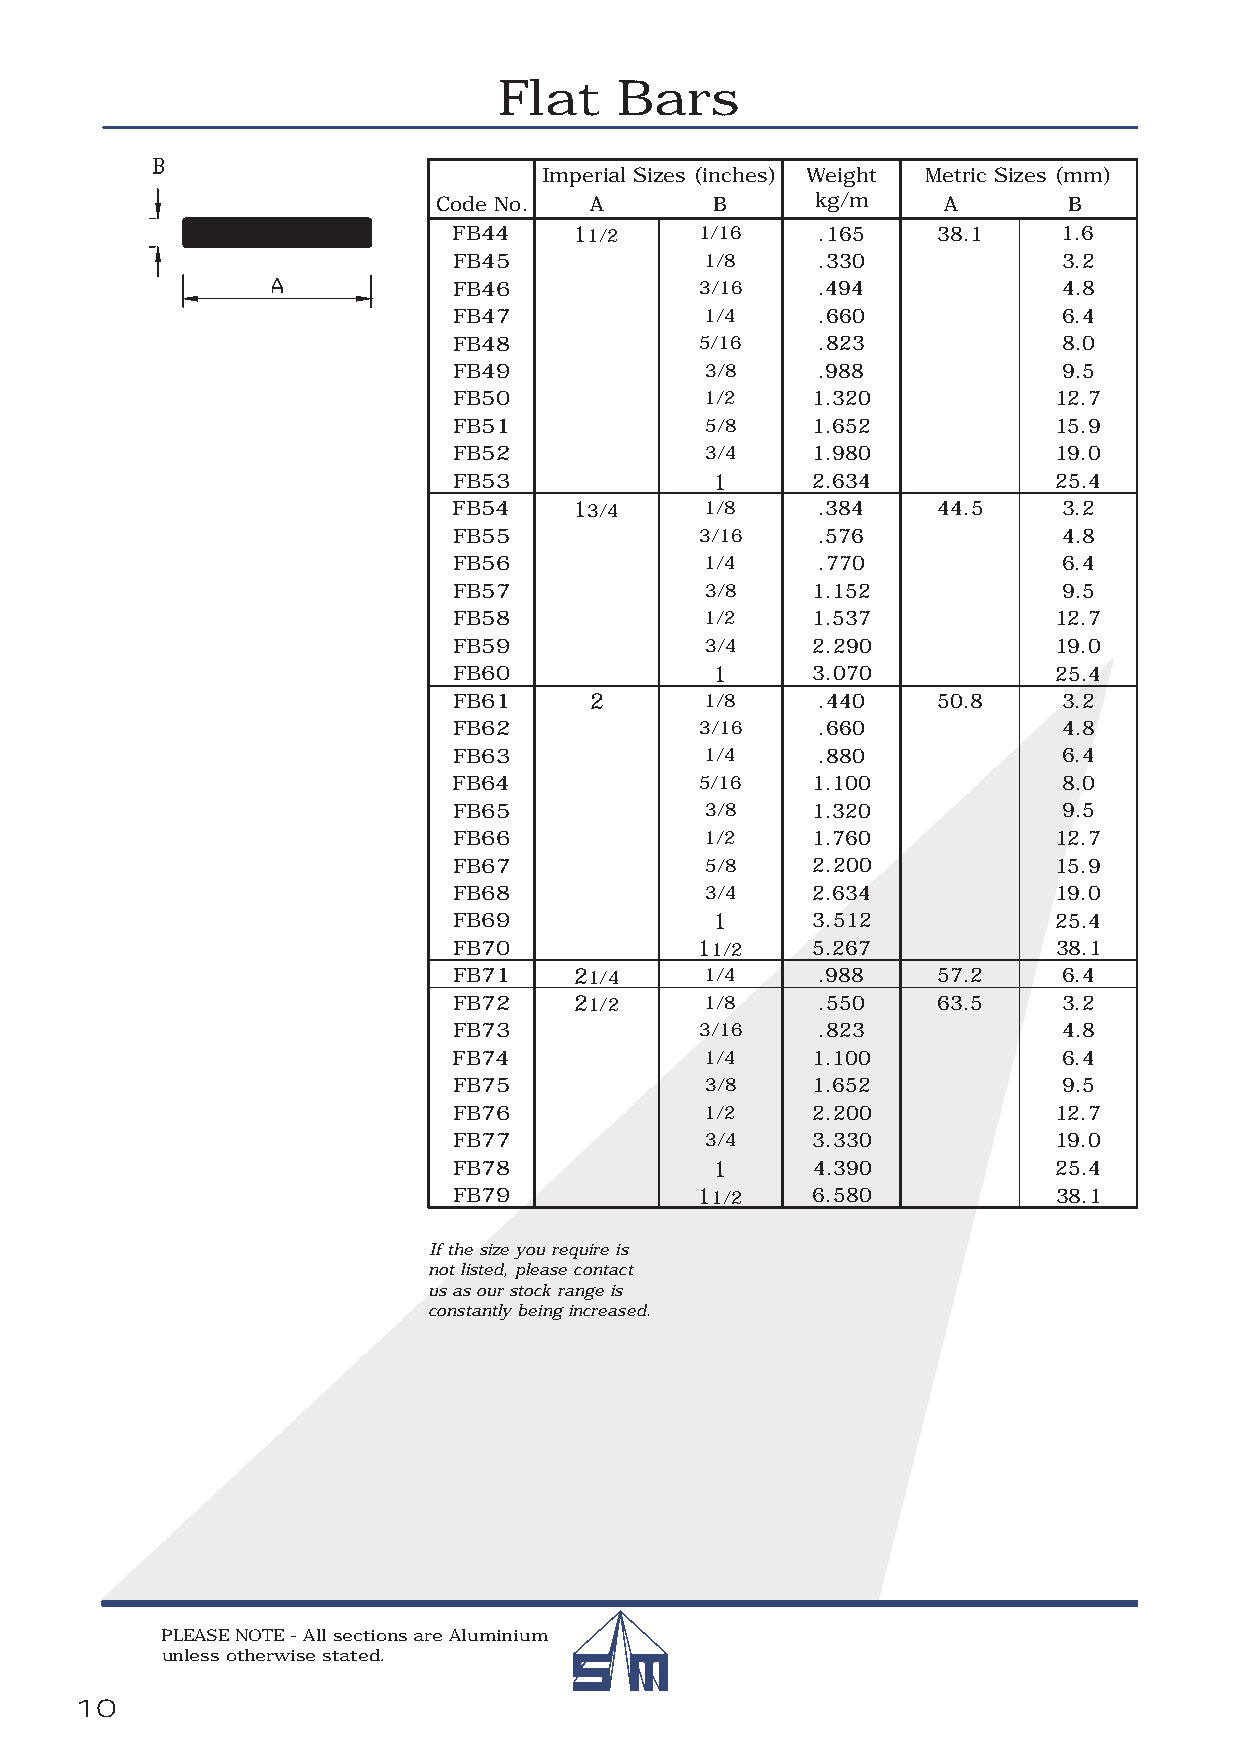
Flat    Bars
 Imperial Sizes (inches) Weight Metric Sizes (mm)
 Code No.  A       B      kg/m    A        B
 FB44    11/2    1/16    .165    38.1    1.6
 FB45             1/8    .330            3.2
 FB46            3/16    .494            4.8
 FB47             1/4    .660            6.4
 FB48            5/16    .823            8.0
 FB49             3/8    .988            9.5
 FB50             1/2    1.320           12.7
 FB51             5/8    1.652           15.9
 FB52             3/4    1.980           19.0
 FB53             1      2.634           25.4
 FB54    13/4     1/8    .384    44.5    3.2
 FB55            3/16    .576            4.8
 FB56             1/4    .770            6.4
 FB57             3/8    1.152           9.5
 FB58             1/2    1.537           12.7
 FB59             3/4    2.290           19.0
 FB60             1      3.070           25.4
 FB61     2       1/8    .440    50.8    3.2
 FB62            3/16    .660            4.8
 FB63             1/4    .880            6.4
 FB64            5/16    1.100           8.0
 FB65             3/8    1.320           9.5
 FB66             1/2    1.760           12.7
 FB67             5/8    2.200           15.9
 FB68             3/4    2.634           19.0
 FB69             1      3.512           25.4
 FB70            11/2    5.267           38.1
 FB71    21/4     1/4    .988    57.2    6.4
 FB72    21/2     1/8    .550    63.5    3.2
 FB73            3/16    .823            4.8
 FB74             1/4    1.100           6.4
 FB75             3/8    1.652           9.5
 FB76             1/2    2.200           12.7
 FB77             3/4    3.330           19.0
 FB78             1      4.390           25.4
 FB79            11/2    6.580           38.1
 If the size you require is
 not listed, please contact
 us as our stock range is
 constantly being increased.
 PLEASE NOTE - All sections are Aluminium
 unless otherwise stated.
 10